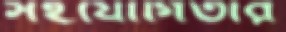
সহযোগিতার